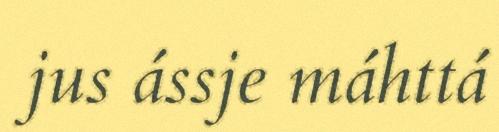
jus ássje máhttá